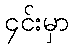
၄င်းမှာ